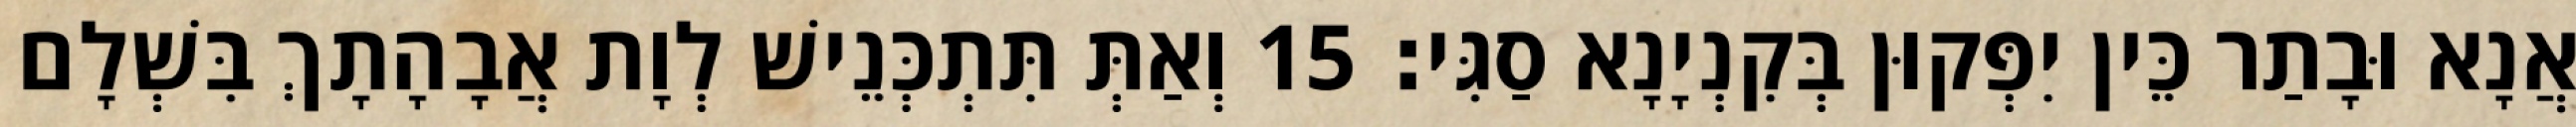
אֲנָא וּבָתַר כֵּין יִפְּקוּן בְּקִנְיָנָא סַגִּי׃ 15 וְאַתְּ תִּתְכְּנֵישׁ לְוָת אֲבָהָתָךְ בִּשְׁלָם